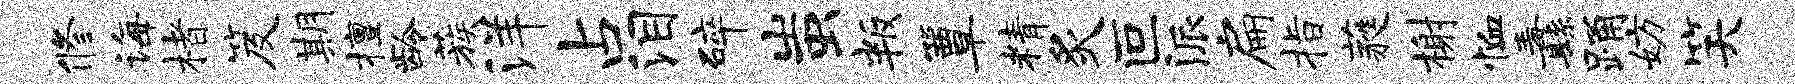
修诲楮笈期擅龄蔟洋占泪碎蚩叛簟精炙叵派扁指蕤榭恤纛踊妨笑